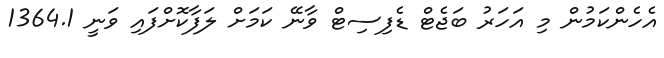
އެހެންކަމުން މި އަހަރު ބަޖެޓް ޑެފިސިޓް ވާނޭ ކަމަށް ލަފާކޮށްފައި ވަނީ 1364.1